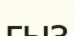
ғыз